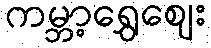
ကမ္ဘာ့ရွှေဈေး